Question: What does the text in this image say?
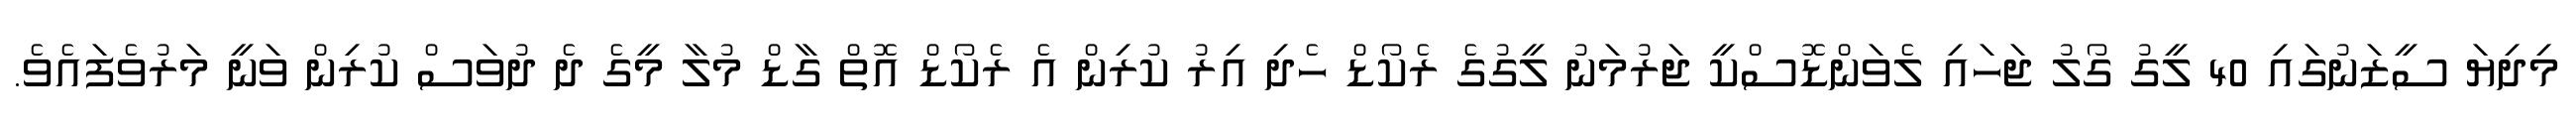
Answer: މިދިޔަ ސީޒަނުގައި 40 ލީގު ގޯލު ޖަހައި ލެވަންޑޮސްކީ ޖަރުމަނު ލީގުގެ ރެކޯޑް ހެދި އިރު ކުރިން އެ ރެކޯޑް އޮތް ގާޑް މުލާ މީގެ ދެ ދުވަސް ކުރިން ވަނީ މަރުވެފައެވެ.